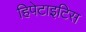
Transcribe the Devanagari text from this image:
हिपेटाइटिस